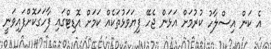
އެ ކަން އިސްލާހު ކުރުމަށް އަޅަން ޖެހޭ ފިޔަވަޅުތަކެއް ކަމަށް އޮޑިޓްގައި ފާހަގަކޮށްފައިވަނީ